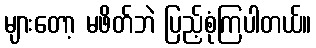
များတော့ မဖိတ်ဘဲ ပြည့်စုံကြပါတယ်။